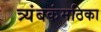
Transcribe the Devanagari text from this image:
त्र्यंबकंमठिका